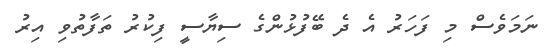
ނަމަވެސް މި ފަހަރު އެ ދެ ބޭފުޅުންގެ ސިޔާސީ ފިކުރު ތަފާތުވި އިރު